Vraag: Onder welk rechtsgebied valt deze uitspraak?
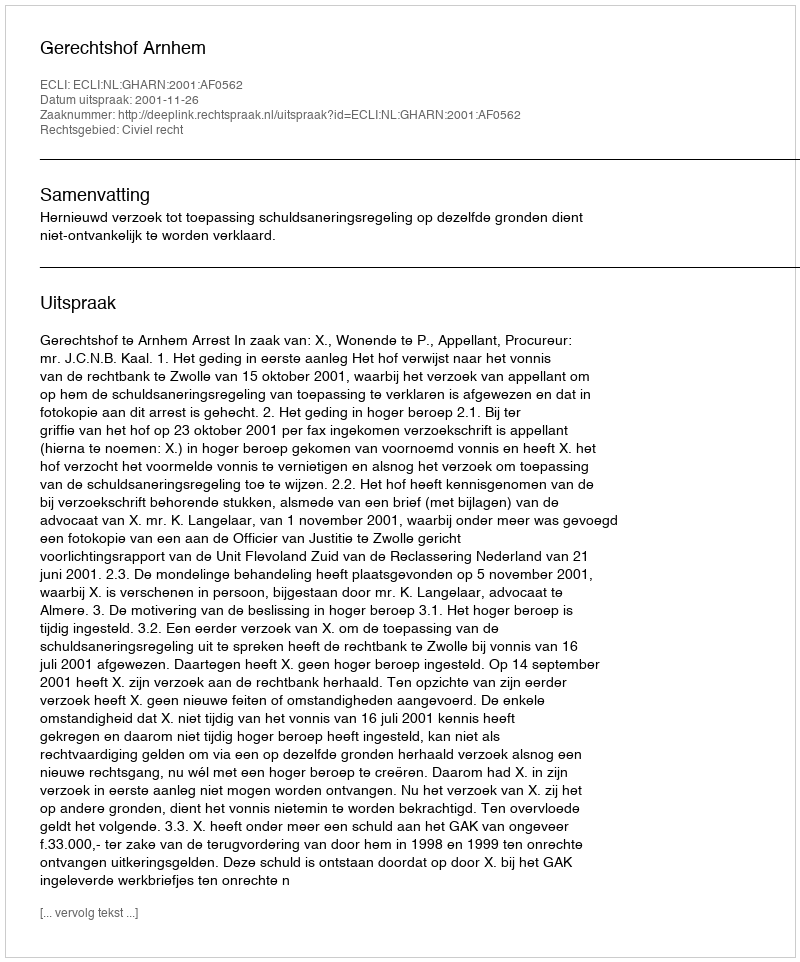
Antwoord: Civiel recht